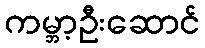
ကမ္ဘာ့ဦးဆောင်